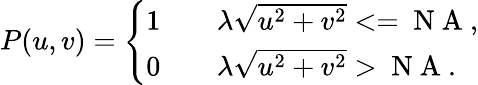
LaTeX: \begin{array}{r}{P(u,v)=\left\{ \begin{array}{ll}{1}&{\quad\lambda\sqrt{u^{2}+v^{2}}<=\mathrm{~N~A~},}\\ {0}&{\quad\lambda\sqrt{u^{2}+v^{2}}>\mathrm{~N~A~}.}\end{array}\right.}\end{array}